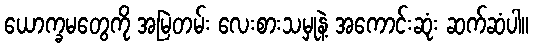
ယောက္ခမတွေကို အမြဲတမ်း လေးစားသမှုနဲ့ အကောင်းဆုံး ဆက်ဆံပါ။